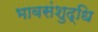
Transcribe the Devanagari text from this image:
भावसंशुद्धि